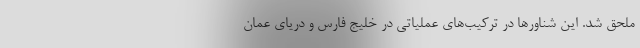
ملحق شد.‌ این شناور‌ها در ترکیب‌های عملیاتی در خلیج فارس و دریای عمان